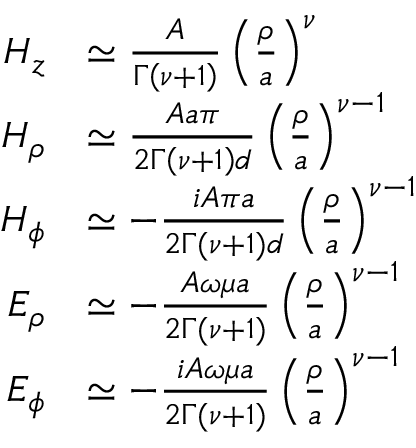
\begin{array} { r l } { H _ { z } } & { \simeq \frac { A } { \Gamma \left( \nu + 1 \right) } \left( \frac { \rho } { a } \right) ^ { \nu } } \\ { H _ { \rho } } & { \simeq \frac { A a \pi } { 2 \Gamma \left( \nu + 1 \right) d } \left( \frac { \rho } { a } \right) ^ { \nu - 1 } } \\ { H _ { \phi } } & { \simeq - \frac { i A \pi a } { 2 \Gamma ( \nu + 1 ) d } \left( \frac { \rho } { a } \right) ^ { \nu - 1 } } \\ { E _ { \rho } } & { \simeq - \frac { A \omega \mu a } { 2 \Gamma ( \nu + 1 ) } \left( \frac { \rho } { a } \right) ^ { \nu - 1 } } \\ { E _ { \phi } } & { \simeq - \frac { i A \omega \mu a } { 2 \Gamma ( \nu + 1 ) } \left( \frac { \rho } { a } \right) ^ { \nu - 1 } } \end{array}